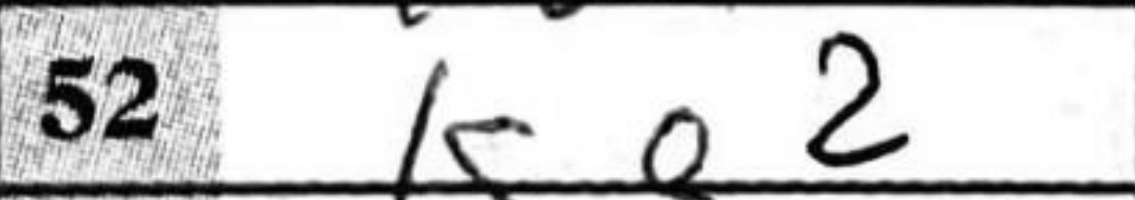
Transcription: Ke2